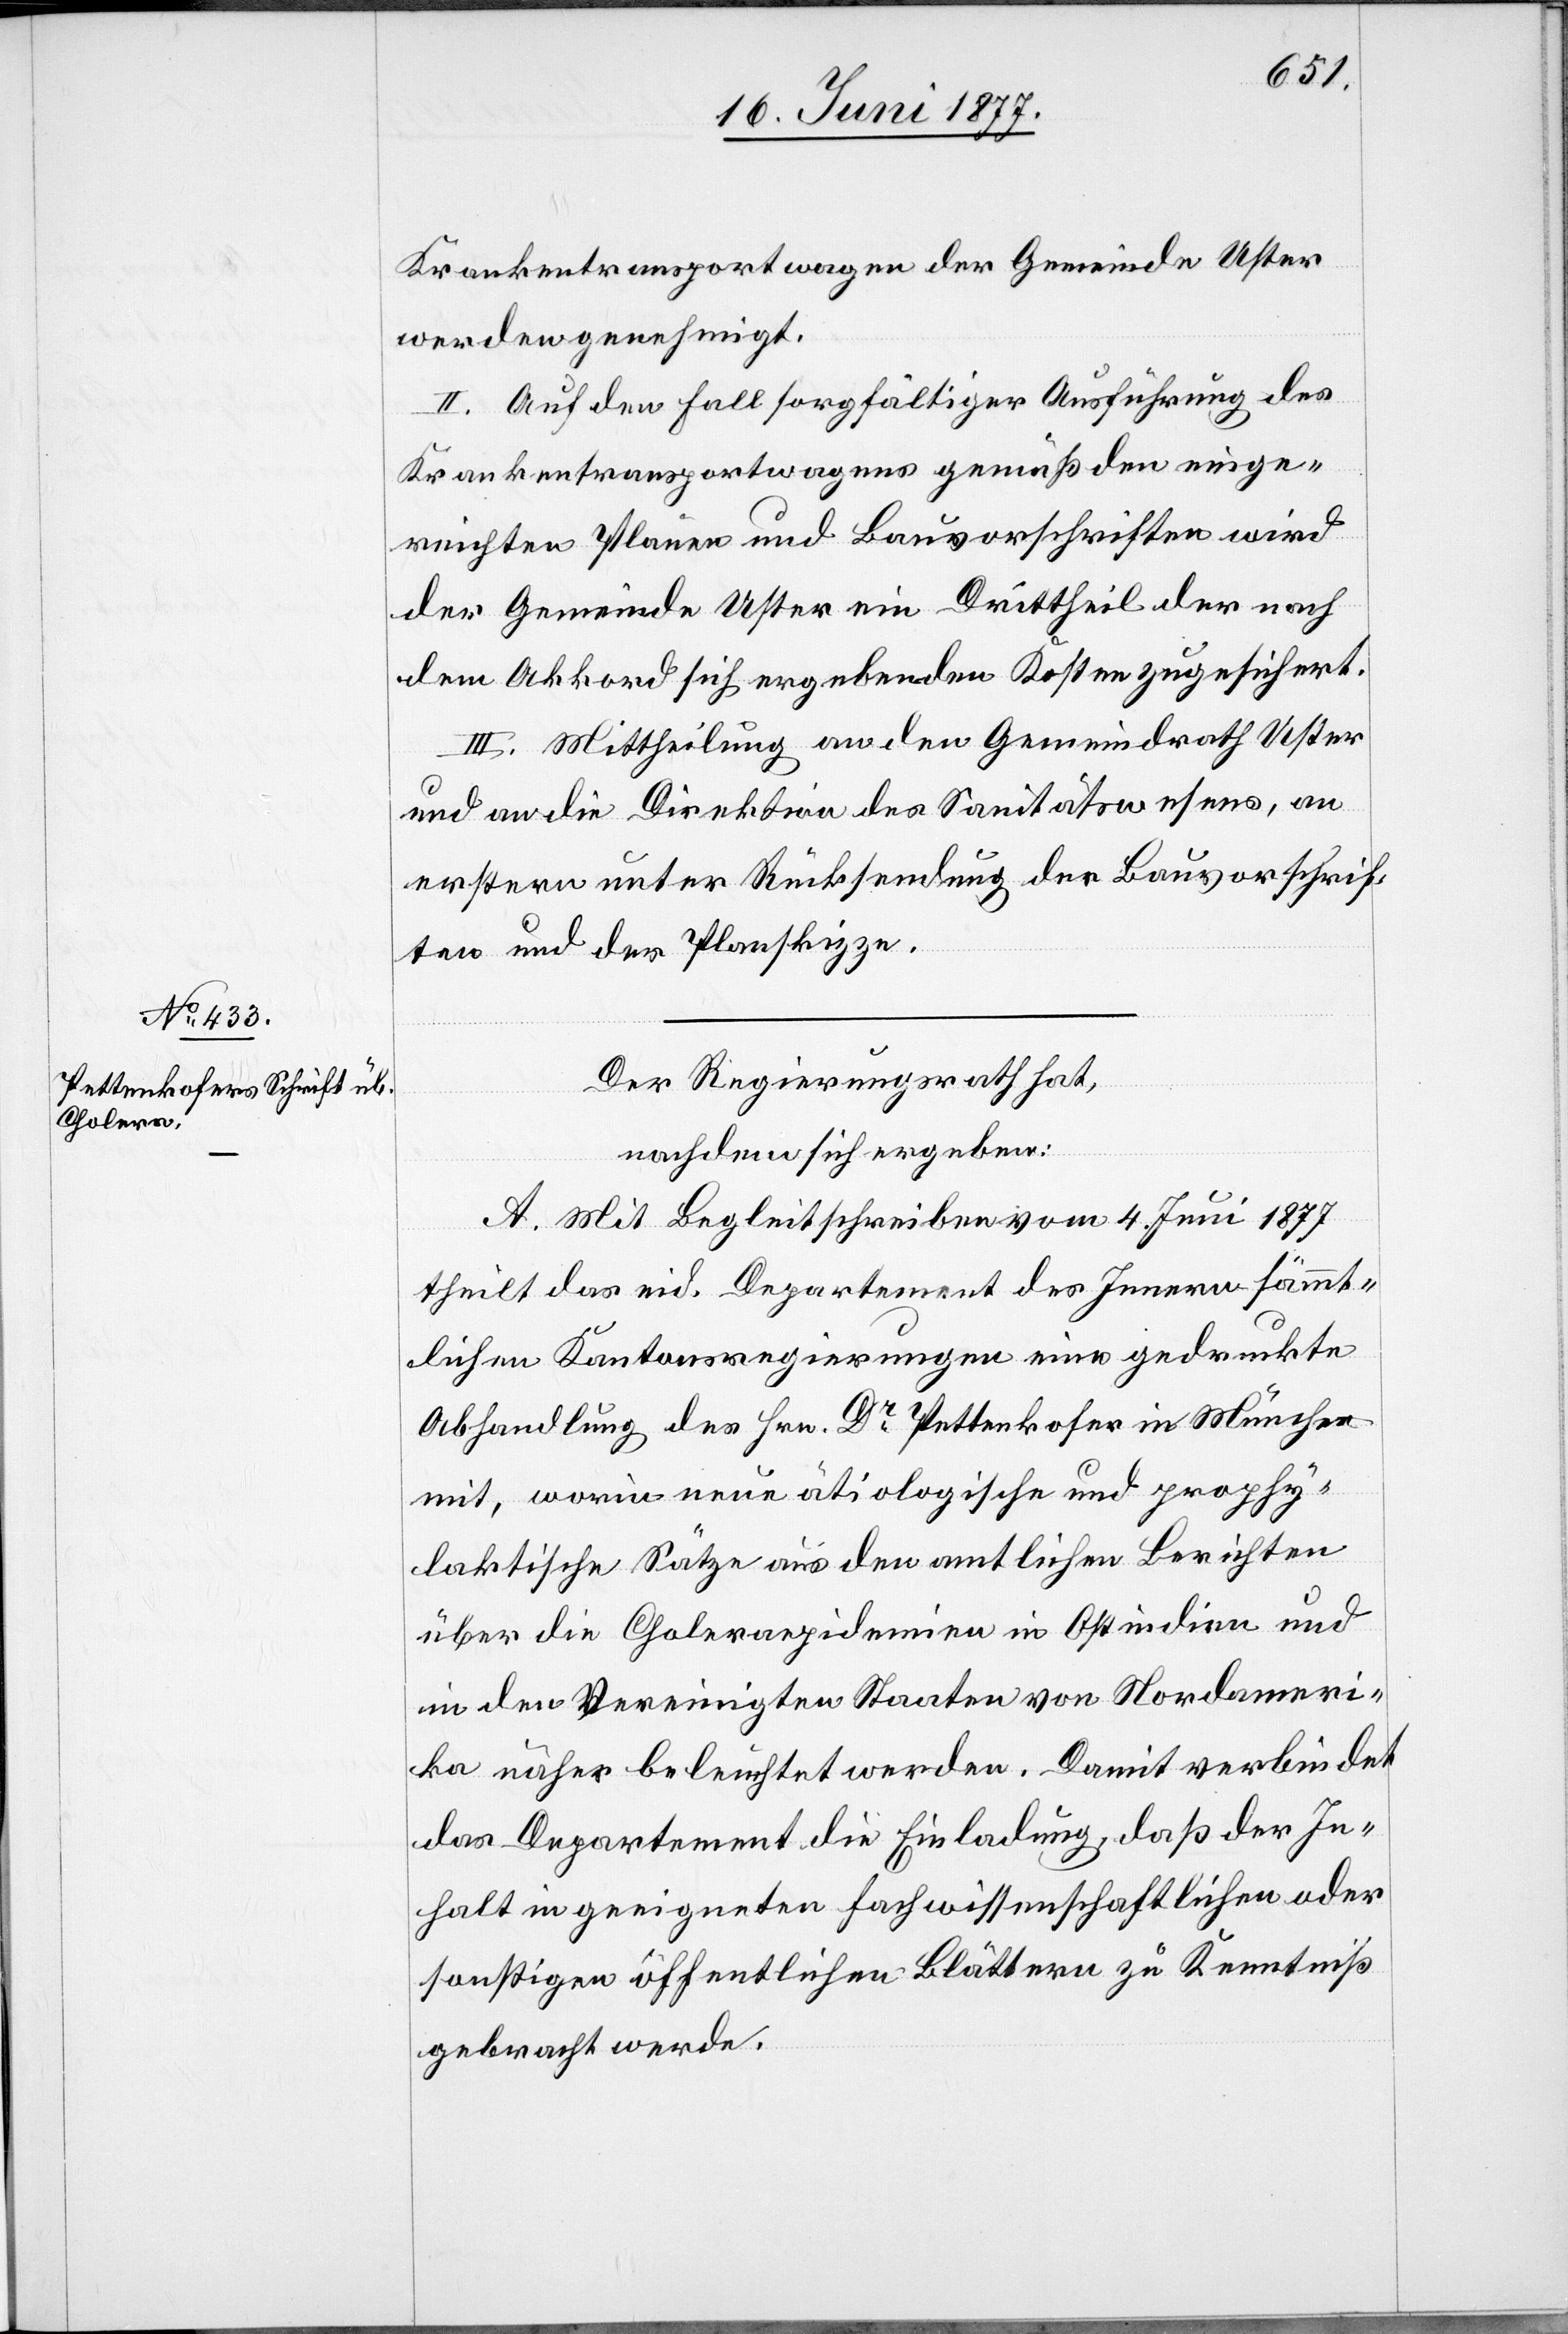
Krankentransportwagen der Gemeinde Uster
werden genehmigt.
II. Auf den Fall sorgfältiger Ausführung des
Krankentransportwagens gemäß den einge¬
reichten Plänen und Bauvorschriften wird
der Gemeinde Uster ein Drittheil der nach
dem Akkord sich ergebenden Kosten zugesichert.
III. Mittheilung an den Gemeindrath Uster
und an die Direktion des Sanitätswesens, an
erstere unter Rücksendung der Bauvorschrif¬
ten und der Planskizze.
Der Regierungsrath hat,
nachdem sich ergeben:
A. Mit Begleitschreiben vom 4. Juni 1877
theilt das eid. Departement des Innern sämmt¬
lichen Kantonsregierungen eine gedruckte
Abhandlung des Hrn. Dr Pettenkofer in München
mit, worin neue ätiologische und prophy¬
laktische Sätze aus den amtlichen Berichten
über die Choleraepidemien in Ostindien und
in den Vereinigten Staaten von Nordameri¬
ka näher beleuchtet werden. Damit verbindet
das Departement die Einladung, daß der In¬
halt in geeigneten fachwissenschaftlichen oder
sonstigen öffentlichen Blättern zu Kenntniß
gebracht werde.